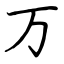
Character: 万